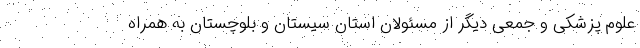
علوم پزشکی و جمعی دیگر از مسئولان استان سیستان و بلوچستان به همراه